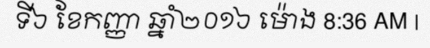
ទី៦ ខែកញ្ញា ឆ្នាំ២០១៦ ម៉ោង 8:36 AM |